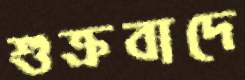
শুক্রবাদে